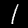
Digit: 1